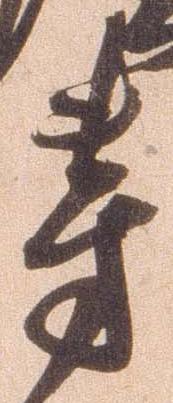
芳